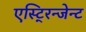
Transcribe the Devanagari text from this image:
एस्टि्रन्जेन्ट